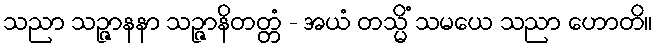
သညာ သဉ္ဇာနနာ သဉ္ဇာနိတတ္တံ - အယံ တသ္မိံ သမယေ သညာ ဟောတိ။